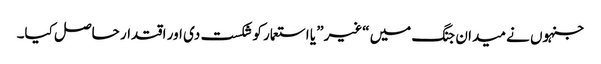
جنہوں نے میدان جنگ میں “غیر” یا استعمار کو شکست دی اور اقتدار حاصل کیا۔